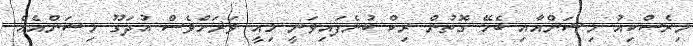
މިރެސްކިއު މިޝަންއާއި ބެހޭ ގޮތުން ރިކް ބުނެފައިވަނީ މިއީ ވަރަށްވެސް އުދަގޫ މިޝަންއެއް